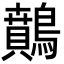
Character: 䴅